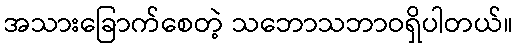
အသားခြောက်စေတဲ့ သဘောသဘာဝရှိပါတယ်။